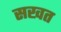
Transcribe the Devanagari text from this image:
सखत